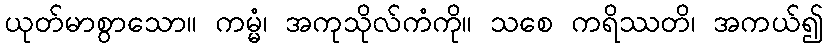
ယုတ်မာစွာသော။ ကမ္မံ၊ အကုသိုလ်ကံကို။ သစေ ကရိဿတိ၊ အကယ်၍